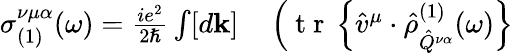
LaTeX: \begin{array}{rl}{\sigma_{(1)}^{\nu\mu\alpha}(\omega)=\frac{ie^{2}}{2\hslash}\int[d\mathbf{k}]}&{{}\left(\mathrm{~t~r~}\left\{ \hat{v}^{\mu}\cdot\hat{\rho}_{\hat{Q}^{\nu\alpha}}^{(1)}(\omega)\right\} \right.}\end{array}